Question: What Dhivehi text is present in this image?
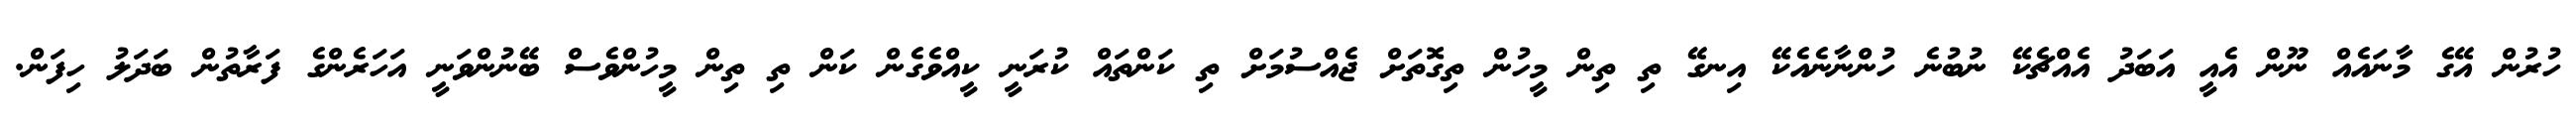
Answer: ހުރުން އޭގެ މާނައެއް ނޫން އެއީ އަބަދު އެއްޗެކޭ ނުބުނެ ހުންނާނެއެކޭ އިނގޭ ތި ތިން މީހުން ތިގޮތަށް ޖެއްސުމަށް ތި ކަންތައް ކުރަނީ ކީއްވެގެން ކަން ތި ތިން މީހުންވެސް ބޭނުންވަނީ އަހަރެންގެ ފަރާތުން ބަދަލު ހިފަން.